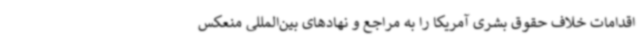
اقدامات خلاف حقوق بشری آمریکا را به مراجع و نهادهای بین‌المللی منعکس